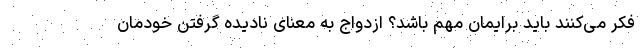
فکر می‌کنند باید برایمان مهم باشد؟ ازدواج به معنای نادیده گرفتن خودمان